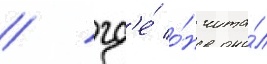
/ гд'е́ о́н чита́л